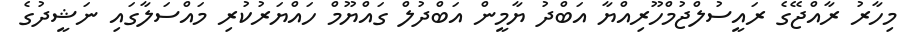
މިހާރު ރާއްޖޭގެ ރައީސުލްޖުމްހޫރިއްޔާ އަބްދު ޔާމީން އަބްދުލް ގައްޔޫމް ހައްޔަރުކުރި މައްސަލާގައި ނަޝީދުގެ